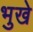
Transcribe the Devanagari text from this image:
भुखे